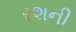
રશની